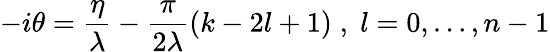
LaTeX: -i\theta=\frac{\eta}{\lambda}-\frac{\pi}{2\lambda}\left(k-2l+1\right)\; ,\; l=0,\dots,n-1